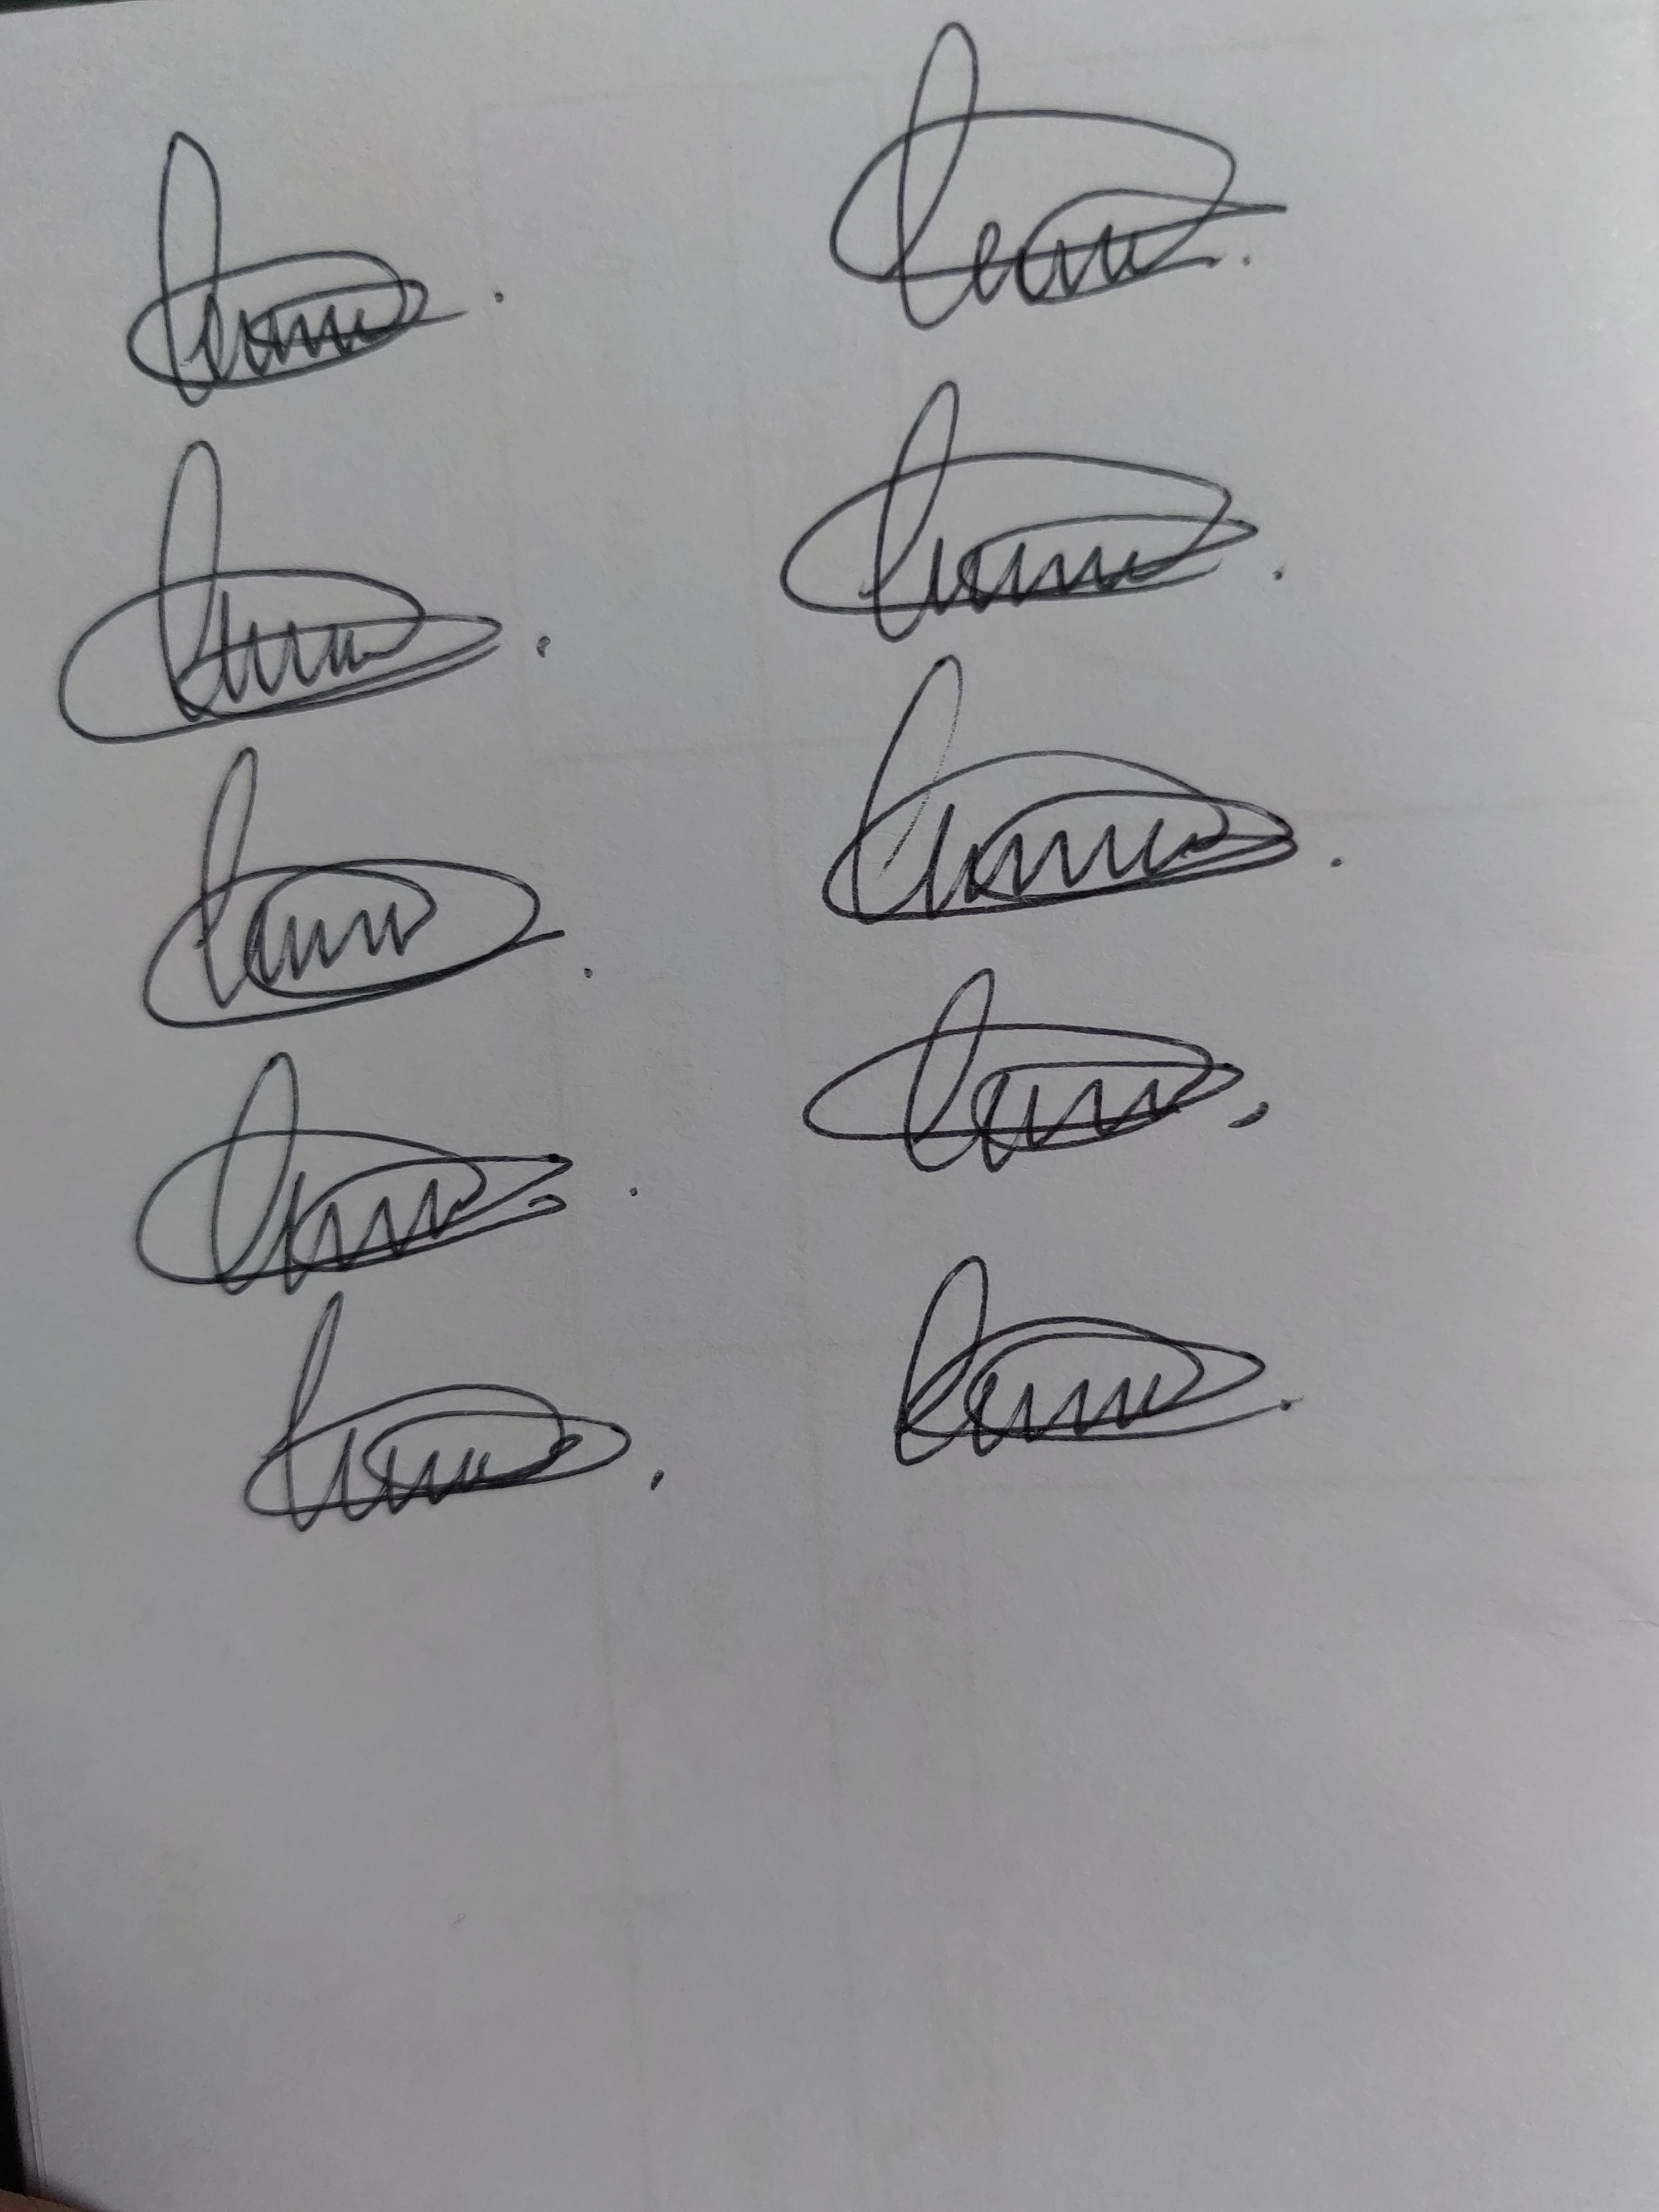
Signature authenticity: genuine